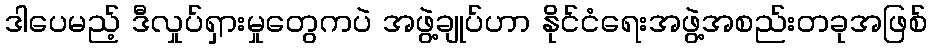
ဒါပေမည့် ဒီလှုပ်ရှားမှုတွေကပဲ အဖွဲ့ချုပ်ဟာ နိုင်ငံရေးအဖွဲ့အစည်းတခုအဖြစ်